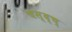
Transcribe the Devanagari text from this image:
चस्द्च्